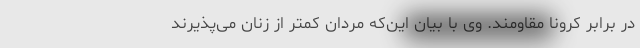
در برابر کرونا مقاومند. وی با بیان این‌که مردان کمتر از زنان می‌پذیرند